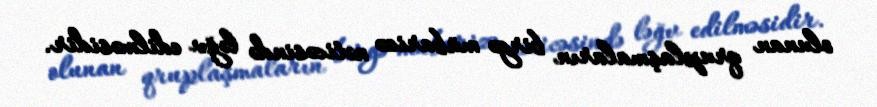
olunan qruplaşmaların birgə mübarizə nəticəsində ləğv edilməsidir.